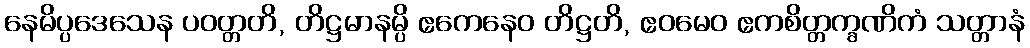
နေမိပ္ပဒေသေန ပဝတ္တတိ, တိဋ္ဌမာနမ္ပိ ဧကေနေဝ တိဋ္ဌတိ, ဧဝမေဝ ဧကစိတ္တက္ခဏိကံ သတ္တာနံ